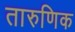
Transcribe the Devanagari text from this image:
तारुणिक